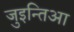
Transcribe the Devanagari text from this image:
जुइन्तिआ